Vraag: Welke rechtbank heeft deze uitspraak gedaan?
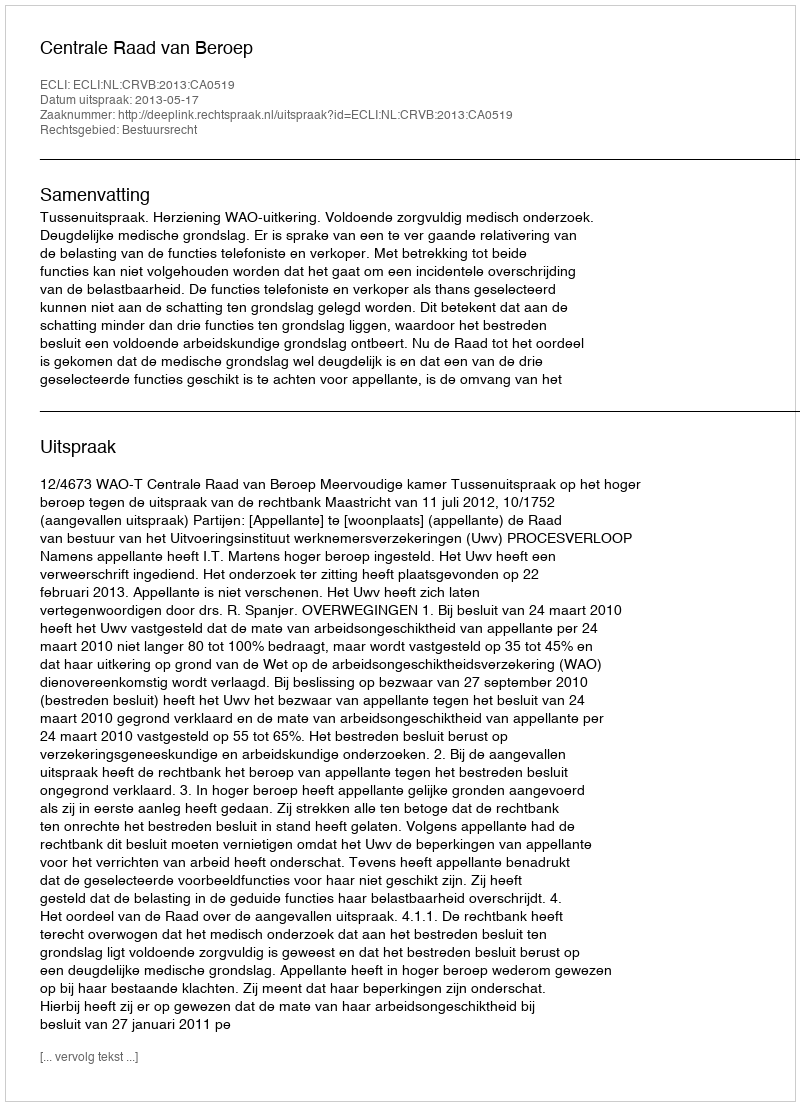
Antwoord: Centrale Raad van Beroep